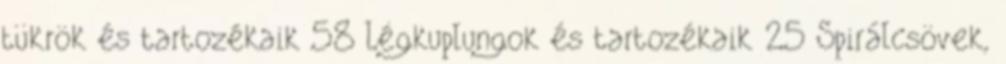
tükrök és tartozékaik 58 Légkuplungok és tartozékaik 25 Spirálcsövek,